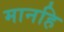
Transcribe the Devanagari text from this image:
मानहि